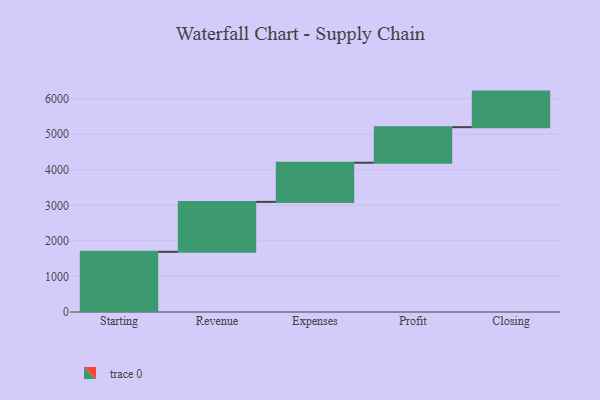
{"axis": {"x": "Step", "y": "Value"}, "legend": [""], "data": [{"x": "Starting", "y": 1692.0, "type": ""}, {"x": "Revenue", "y": 1404.0, "type": ""}, {"x": "Expenses", "y": 1101.0, "type": ""}, {"x": "Profit", "y": 1000, "type": ""}, {"x": "Closing", "y": 1000, "type": ""}]}